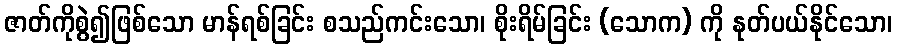
ဇာတ်ကိုစွဲ၍ဖြစ်သော မာန်ရစ်ခြင်း စသည်ကင်းသော၊ စိုးရိမ်ခြင်း (သောက) ကို နုတ်ပယ်နိုင်သော၊